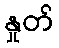
နှုတ်